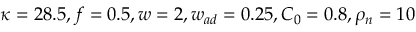
\kappa = 2 8 . 5 , f = 0 . 5 , w = 2 , w _ { a d } = 0 . 2 5 , C _ { 0 } = 0 . 8 , \rho _ { n } = 1 0 \